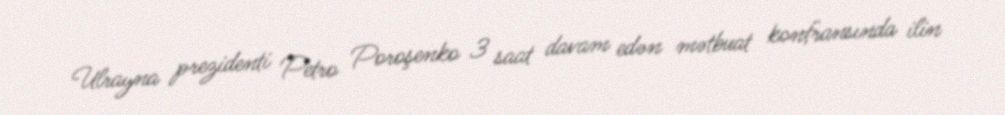
Ulrayna prezidenti Petro Poroşenko 3 saat davam edən mətbuat konfransında ilin